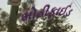
મોડીફાઈડ